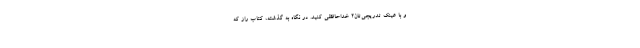
و با عینک تدریجی‌تان۲ خداحافظی کنید. در نگاه به گذشته، کتاب راز که